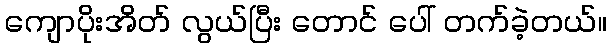
ကျောပိုးအိတ် လွယ်ပြီး တောင် ပေါ် တက်ခဲ့တယ်။